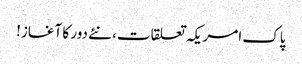
پاک امریکہ تعلقات، نئے دور کا آغاز!